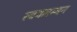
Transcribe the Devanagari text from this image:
स्ववलम्बन